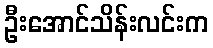
ဦးအောင်သိန်းလင်းက